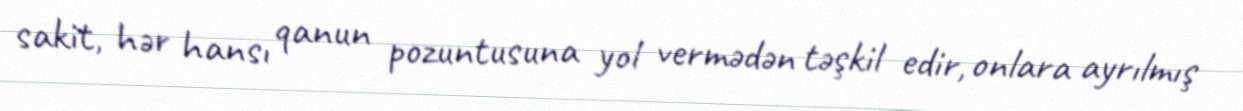
sakit, hər hansı qanun pozuntusuna yol vermədən təşkil edir, onlara ayrılmış